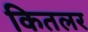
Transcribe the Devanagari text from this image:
कितलर